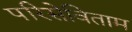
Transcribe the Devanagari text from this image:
परिसेविताम